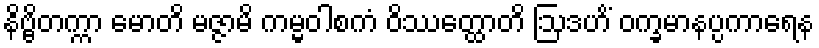
နိဗ္ဗိတက္ကာ မောတိ မဇ္ဇာမိ ကမ္မဝါစကံ ဝိဿတ္ထောတိ ဩဒဟိံ ဝက္ခမာနပ္ပကာရေန